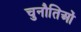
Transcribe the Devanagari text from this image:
चुनौतिओं